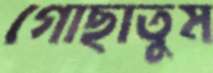
গোছাতুম